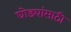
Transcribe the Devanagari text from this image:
घोड्यांसाठी